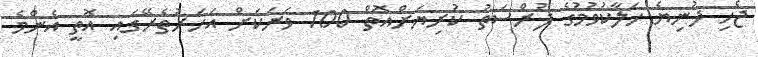
ޖެހި ދުނިޔެ ހަލާކުވުމުގެ ފުރްސަތު ކުރިޔަށްއޮތް 100 ވަރަކަށް އަހަރުތެރޭގައި އޮތީ އެންމެ